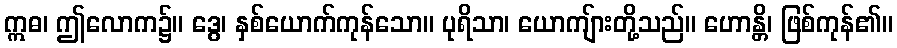
ဣဓ၊ ဤလောက၌။ ဒွေ၊ နှစ်ယောက်ကုန်သော။ ပုရိသာ၊ ယောကျ်ားတို့သည်။ ဟောန္တိ၊ ဖြစ်ကုန်၏။